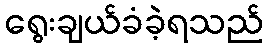
ရွေးချယ်ခံခဲ့ရသည်